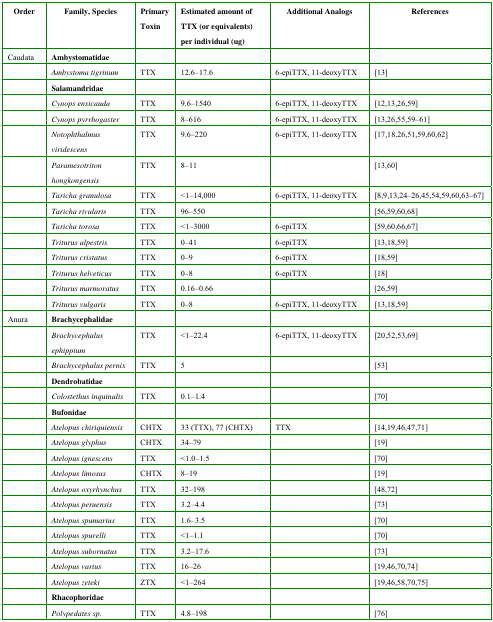
<table><thead><tr><td><b>Order</b></td><td><b>Family, Species</b></td><td><b>Primary Toxin</b></td><td><b>Estimated amount of TTX (or equivalents) per individual (ug)</b></td><td><b>Additional Analogs</b></td><td><b>References</b></td></tr></thead><tbody><tr><td>Caudata</td><td><b>Ambystomatidae</b></td><td></td><td></td><td></td><td></td></tr><tr><td></td><td><i>Ambystoma tigrinum</i></td><td>TTX</td><td>12.6–17.6</td><td>6-epiTTX, 11-deoxyTTX</td><td>[13]</td></tr><tr><td></td><td><b>Salamandridae</b></td><td></td><td></td><td></td><td></td></tr><tr><td></td><td><i>Cynops ensicauda</i></td><td>TTX</td><td>9.6–1540</td><td>6-epiTTX, 11-deoxyTTX</td><td>[12,13,26,59]</td></tr><tr><td></td><td><i>Cynops pyrrhogaster</i></td><td>TTX</td><td>8–616</td><td>6-epiTTX, 11-deoxyTTX</td><td>[13,26,55,59–61]</td></tr><tr><td></td><td><i>Notophthalmus viridescens</i></td><td>TTX</td><td>9.6–220</td><td>6-epiTTX, 11-deoxyTTX</td><td>[17,18,26,51,59,60,62]</td></tr><tr><td></td><td><i>Paramesotriton hongkongensis</i></td><td>TTX</td><td>8–11</td><td></td><td>[13,60]</td></tr><tr><td></td><td><i>Taricha granulosa</i></td><td>TTX</td><td>&lt;1–14,000</td><td>6-epiTTX, 11-deoxyTTX</td><td>[8,9,13,24–26,45,54,59,60,63–67]</td></tr><tr><td></td><td><i>Taricha rivularis</i></td><td>TTX</td><td>96–550</td><td></td><td>[56,59,60,68]</td></tr><tr><td></td><td><i>Taricha torosa</i></td><td>TTX</td><td>&lt;1–3000</td><td>6-epiTTX</td><td>[59,60,66,67]</td></tr><tr><td></td><td><i>Triturus alpestris</i></td><td>TTX</td><td>0–41</td><td>6-epiTTX</td><td>[13,18,59]</td></tr><tr><td></td><td><i>Triturus cristatus</i></td><td>TTX</td><td>0–9</td><td>6-epiTTX</td><td>[18,59]</td></tr><tr><td></td><td><i>Triturus helveticus</i></td><td>TTX</td><td>0–8</td><td>6-epiTTX</td><td>[18]</td></tr><tr><td></td><td><i>Triturus marmoratus</i></td><td>TTX</td><td>0.16–0.66</td><td></td><td>[26,59]</td></tr><tr><td></td><td><i>Triturus vulgaris</i></td><td>TTX</td><td>0–8</td><td>6-epiTTX, 11-deoxyTTX</td><td>[13,18,59]</td></tr><tr><td>Anura</td><td><b>Brachycephalidae</b></td><td></td><td></td><td></td><td></td></tr><tr><td></td><td><i>Brachycephalus ephippium</i></td><td>TTX</td><td>&lt;1–22.4</td><td>6-epiTTX, 11-deoxyTTX</td><td>[20,52,53,69]</td></tr><tr><td></td><td><i>Brachycephalus pernix</i></td><td>TTX</td><td>5</td><td></td><td>[53]</td></tr><tr><td></td><td><b>Dendrobatidae</b></td><td></td><td></td><td></td><td></td></tr><tr><td></td><td><i>Colostethus inquinalis</i></td><td>TTX</td><td>0.1–1.4</td><td></td><td>[70]</td></tr><tr><td></td><td><b>Bufonidae</b></td><td></td><td></td><td></td><td></td></tr><tr><td></td><td><i>Atelopus chiriquiensis</i></td><td>CHTX</td><td>33 (TTX), 77 (CHTX)</td><td>TTX</td><td>[14,19,46,47,71]</td></tr><tr><td></td><td><i>Atelopus glyphus</i></td><td>CHTX</td><td>34–79</td><td></td><td>[19]</td></tr><tr><td></td><td><i>Atelopus ignescens</i></td><td>TTX</td><td>&lt;1.0–1.5</td><td></td><td>[70]</td></tr><tr><td></td><td><i>Atelopus limosus</i></td><td>CHTX</td><td>8–19</td><td></td><td>[19]</td></tr><tr><td></td><td><i>Atelopus oxyrhynchus</i></td><td>TTX</td><td>32–198</td><td></td><td>[48,72]</td></tr><tr><td></td><td><i>Atelopus peruensis</i></td><td>TTX</td><td>3.2–4.4</td><td></td><td>[73]</td></tr><tr><td></td><td><i>Atelopus spumarius</i></td><td>TTX</td><td>1.6–3.5</td><td></td><td>[70]</td></tr><tr><td></td><td><i>Atelopus spurelli</i></td><td>TTX</td><td>&lt;1–1.1</td><td></td><td>[70]</td></tr><tr><td></td><td><i>Atelopus subornatus</i></td><td>TTX</td><td>3.2–17.6</td><td></td><td>[73]</td></tr><tr><td></td><td><i>Atelopus varius</i></td><td>TTX</td><td>16–26</td><td></td><td>[19,46,70,74]</td></tr><tr><td></td><td><i>Atelopus zeteki</i></td><td>ZTX</td><td>&lt;1–264</td><td></td><td>[19,46,58,70,75]</td></tr><tr><td></td><td><b>Rhacophoridae</b></td><td></td><td></td><td></td><td></td></tr><tr><td></td><td><i>Polypedates sp.</i></td><td>TTX</td><td>4.8–198</td><td></td><td>[76]</td></tr></tbody></table>